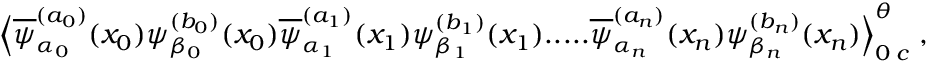
\Big \langle \overline { { { \psi } } } _ { \alpha _ { 0 } } ^ { ( a _ { 0 } ) } ( x _ { 0 } ) \psi _ { \beta _ { 0 } } ^ { ( b _ { 0 } ) } ( x _ { 0 } ) \overline { { { \psi } } } _ { \alpha _ { 1 } } ^ { ( a _ { 1 } ) } ( x _ { 1 } ) \psi _ { \beta _ { 1 } } ^ { ( b _ { 1 } ) } ( x _ { 1 } ) . . . . . \overline { { { \psi } } } _ { \alpha _ { n } } ^ { ( a _ { n } ) } ( x _ { n } ) \psi _ { \beta _ { n } } ^ { ( b _ { n } ) } ( x _ { n } ) \Big \rangle _ { 0 \; c } ^ { \theta } \; ,